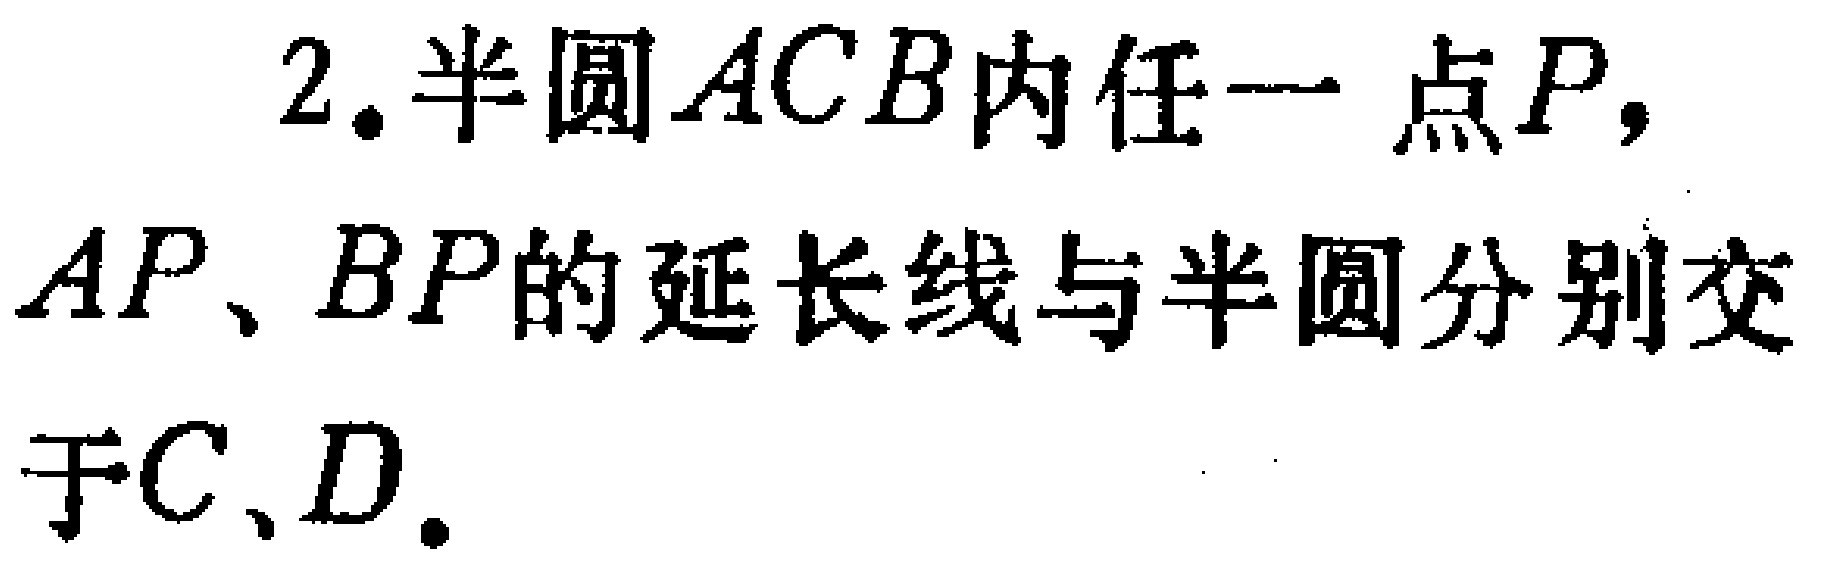
2. 半圆 \(ACB\) 内任一点 \(P\)，\(AP\)、\(BP\) 的延长线与半圆分别交于 \(C\)、\(D\)。